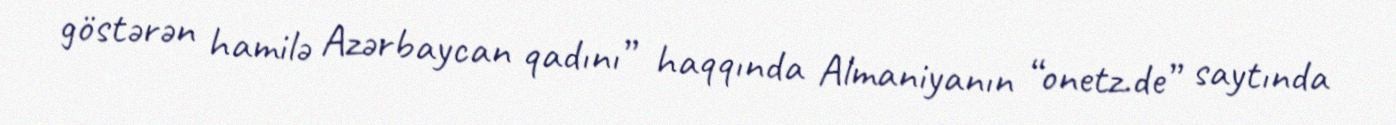
göstərən hamilə Azərbaycan qadını” haqqında Almaniyanın “onetz.de” saytında